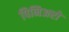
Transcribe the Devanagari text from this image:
पिनिअरो